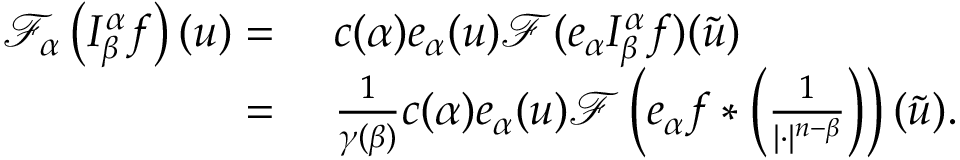
\begin{array} { r l } { \mathcal { F } _ { \boldsymbol { \alpha } } \left( I _ { \beta } ^ { \boldsymbol { \alpha } } f \right) ( \boldsymbol { u } ) = } & { \ c ( \boldsymbol { \alpha } ) e _ { \boldsymbol { \alpha } } ( \boldsymbol { u } ) \mathcal { F } ( e _ { \boldsymbol { \alpha } } I _ { \beta } ^ { \boldsymbol { \alpha } } f ) ( \widetilde { \boldsymbol { u } } ) } \\ { = } & { \ \frac { 1 } { \gamma ( \beta ) } c ( \boldsymbol { \alpha } ) e _ { \boldsymbol { \alpha } } ( \boldsymbol { u } ) \mathcal { F } \left( e _ { \boldsymbol { \alpha } } f * \left( \frac { 1 } { | \boldsymbol { \cdot } | ^ { n - \beta } } \right) \right) ( \widetilde { \boldsymbol { u } } ) . } \end{array}